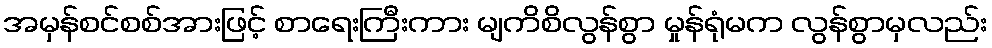
အမှန်စင်စစ်အားဖြင့် စာရေးကြီးကား မျကိစိလွန်စွာ မှုန်ရုံမက လွန်စွာမှလည်း